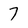
Character: 7